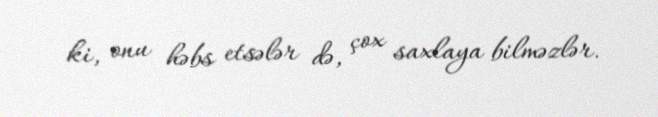
ki, onu həbs etsələr də, çox saxlaya bilməzlər.